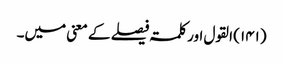
(۱۴۱)	القول اور کلمۃ فیصلے کے معنی میں۔